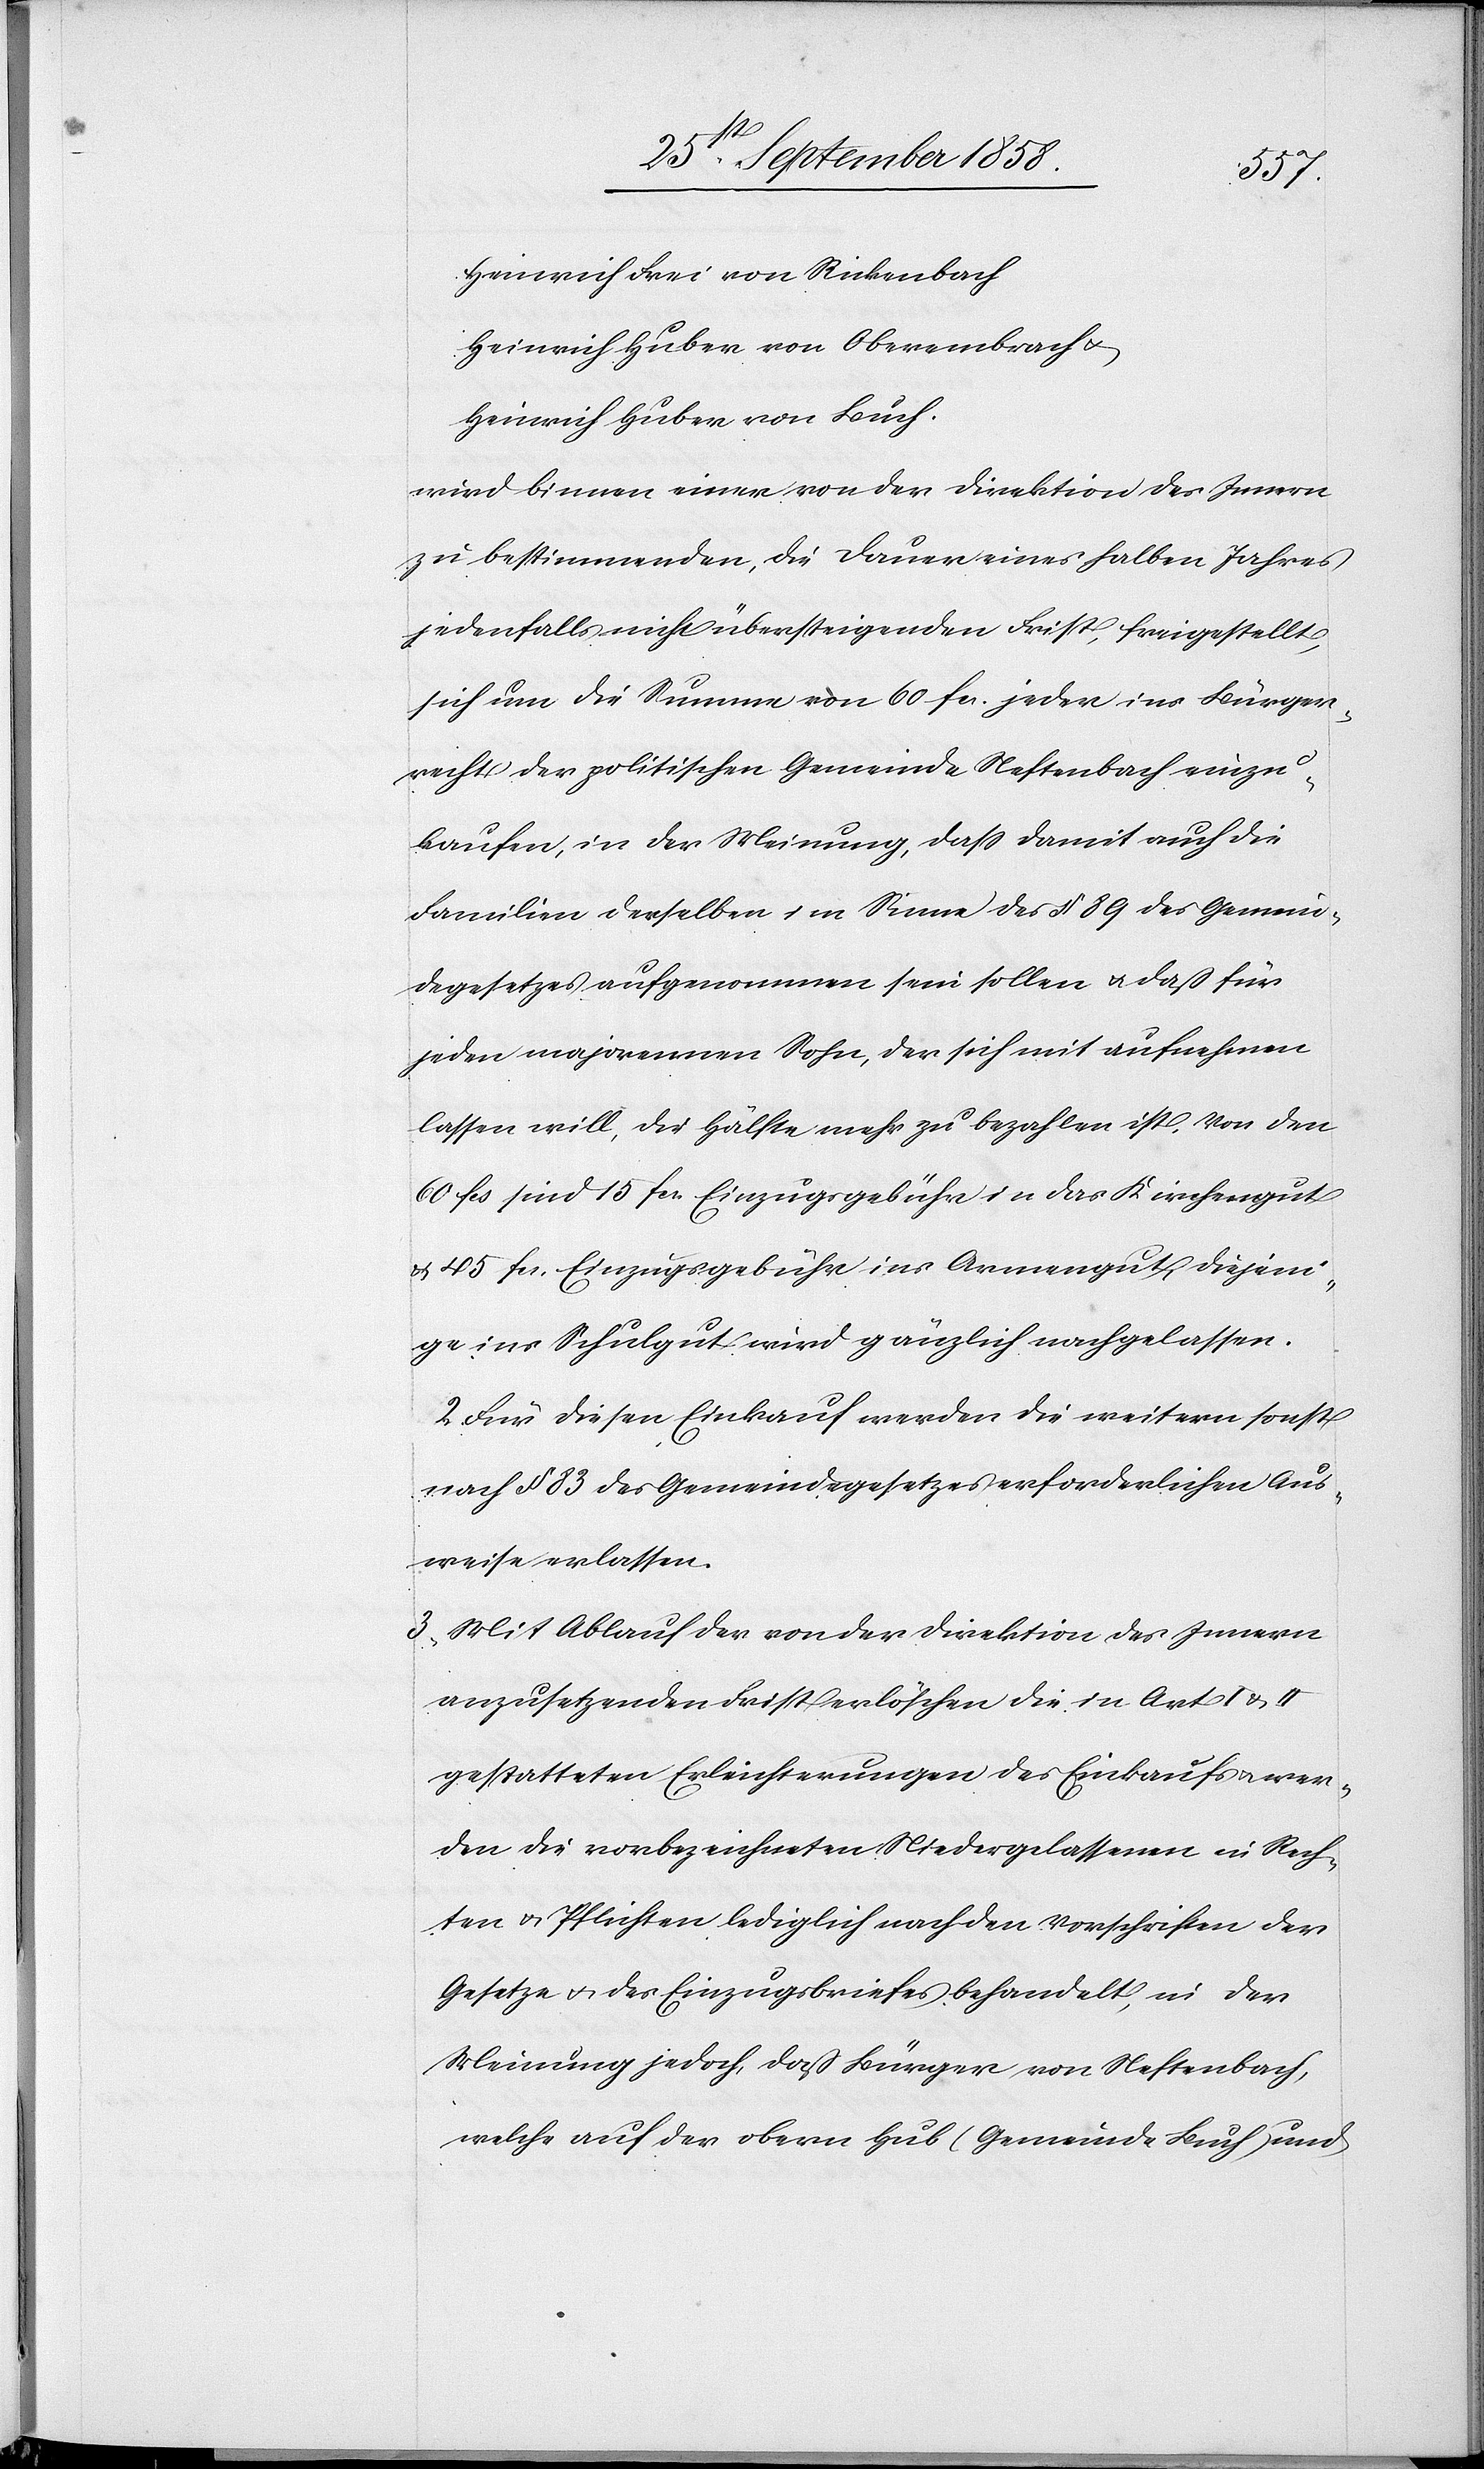
Heinrich Frei von Rickenbach
Heinrich Huber von Oberembrach &
Heinrich Huber von Buch.
wird binnen einer von der Direktion des Innern
zu bestimmenden, die Dauer eines halben Jahres
jedenfalls nicht übersteigenden Frist, freigestellt,
sich um die Summe von 60 fcs. jeder ins Bürger¬
recht der politischen Gemeinde Neftenbach einzu¬
kaufen, in der Meinung, dass damit auch die
Familien derselben im Sinne des § 89 des Gemein¬
degesetzes aufgenommen sein sollen & daß für
jeden majorennen Sohn, der sich mit aufnehmen
lassen will, die Hälfte mehr zu bezahlen ist. Von den
60 fcs. sind 15 fcs. Einzugsgebühr in das Kirchengut
& 45 fcs. Einzugsgebühr ins Armengut, diejeni¬
ge ins Schulgut wird gänzlich nachgelassen.
2. Für diesen Einkauf werden die weitern sonst
nach § 83 des Gemeindegesetzes erforderlichen Aus¬
weise erlassen.
3. Mit Ablauf der von der Direktion des Innern
anzusetzenden Frist erlöschen die in Art. I
gestatteten Erleichterungen des Einkaufs & wer¬
den die vorbezeichneten Niedergelassenen in Rech¬
ten & Pflichten lediglich nach den Vorschriften der
Gesetze & des Einzugsbriefes behandelt, in der
Meinung jedoch, daß Bürger von Neftenbach,
welche auf der obern Hub (Gemeinde Buch) und